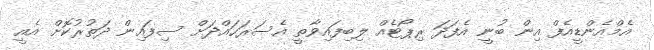
އެމްއެންޑީއެފް އިން ބުނީ އެފަދަ ރިޕޯޓެއް ލިބިފައިވާތީ އެސަރަހައްދަށް ސިފައިން ދަތުރުކޮށް އެއީ